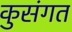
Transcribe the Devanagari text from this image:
कुसंगत